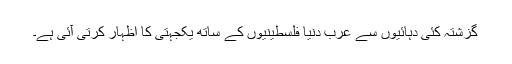
گزشتہ کئی دہائیوں سے عرب دنیا فلسطینیوں کے ساتھ یکجہتی کا اظہار کرتی آئی ہے۔